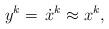
LaTeX: \begin{align*} y^k =\,\dot{x}^k\approx x^k, \end{align*}